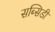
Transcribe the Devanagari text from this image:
सब्सिडी